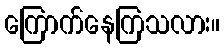
ကြောက်နေကြသလား။